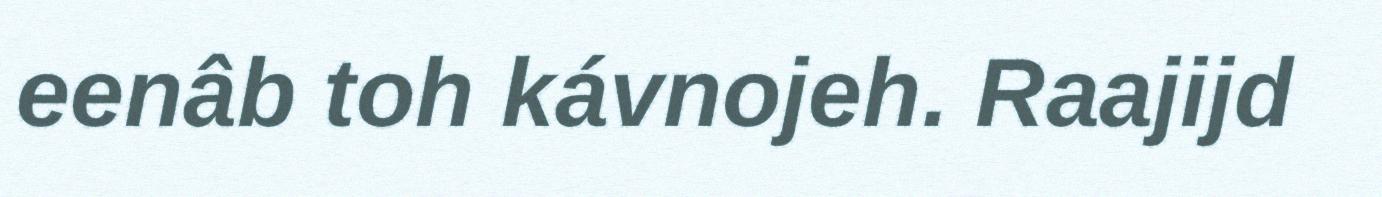
eenâb toh kávnojeh. Raajijd